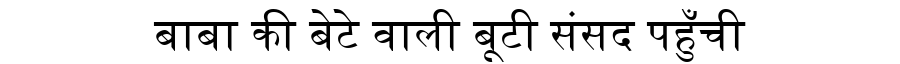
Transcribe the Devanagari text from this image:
बाबा की बेटे वाली बूटी संसद पहुँची